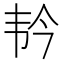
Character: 𫖑